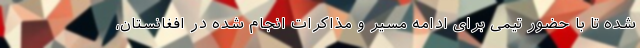
شده تا با حضور تیمی برای ادامه مسیر و مذاکرات انجام شده در افغانستان،